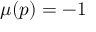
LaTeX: \mu ( p ) = - 1